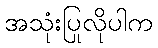
အသုံးပြုလိုပါက